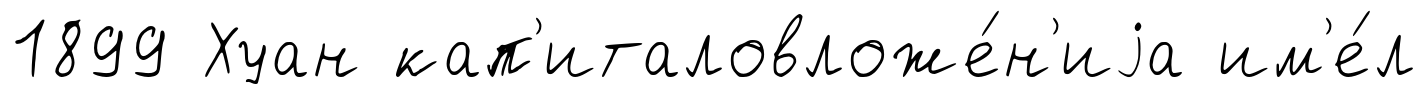
1899 Хуан кап'италовложе́н'иjа им'е́л